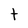
Character: t